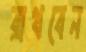
রাথবেন